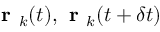
\textbf { r } _ { k } ( t ) , \textbf { r } _ { k } ( t + \delta t )